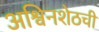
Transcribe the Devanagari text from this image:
अश्विनशेठची